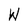
Character: W